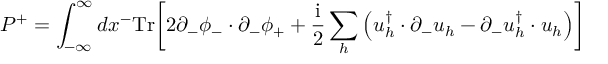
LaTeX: P ^ { + } = \int _ { - \infty } ^ { \infty } d x ^ { - } \mathrm { T r } \biggl [ 2 \partial _ { - } \phi _ { - } \cdot \partial _ { - } \phi _ { + } + { \frac { \mathrm { i } } { 2 } } \sum _ { h } \left( u _ { h } ^ { \dagger } \cdot \partial _ { - } u _ { h } - \partial _ { - } u _ { h } ^ { \dagger } \cdot u _ { h } \right) \biggr ]